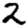
Digit: 2